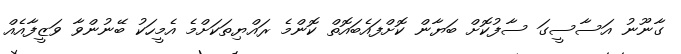
ގާނޫނު އަސާސީގަ ސާފުކޮށް ބަޔާން ކޮށްފައެބައޮތް ކޮންމެ ރައްޔިތަކަށްމެ އެމީހަކު ބޭނުންވާ ވަޒީފާއެއް